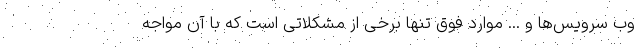
وب سرویس‌ها و ... موارد فوق تنها برخی از مشکلاتی است که با آن مواجه